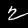
Label: 2